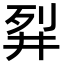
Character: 𬆓